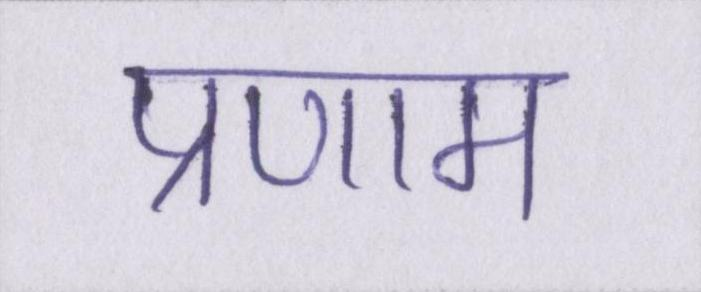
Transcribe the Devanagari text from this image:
प्रणाम